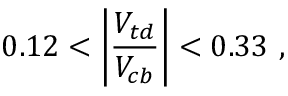
0 . 1 2 < \left| \frac { V _ { t d } } { V _ { c b } } \right| < 0 . 3 3 ~ ,